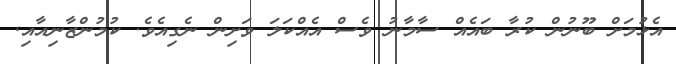
އެޅުމަށް ބޫނުން ކުރާ ބައެއް ސާމާނު ވެސް އެއްކަލަ ވަށިން ނެގިއެވެ. ކުމުންޒާނިއާއި